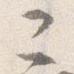
二